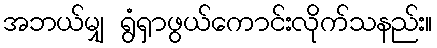
အဘယ်မျှ ရွံရှာဖွယ်ကောင်းလိုက်သနည်း။